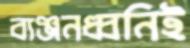
ব্যঞ্জনধ্বনিই